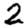
Digit: 2